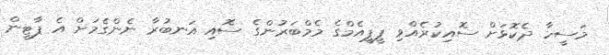
މަސީހާ ދެކޮޅަށް ސޮއިކުރެއްވި ޕީޕީއެމްގެ މެމްބަރުންގެ ސޮއި އަނބުރާ ނެންގެމަށް އެ ޕާޓީން